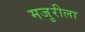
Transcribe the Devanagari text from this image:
मजुरीला